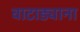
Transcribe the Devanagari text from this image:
वाटाड्याना